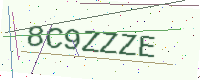
Text: 8C9ZZZE